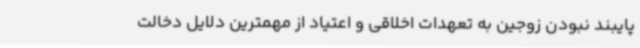
پایبند نبودن زوجین به تعهدات اخلاقی و اعتیاد از مهمترین دلایل دخالت